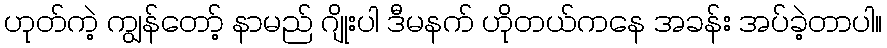
ဟုတ်ကဲ့ ကျွန်တော့် နာမည် ဂျိုးပါ ဒီမနက် ဟိုတယ်ကနေ အခန်း အပ်ခဲ့တာပါ။